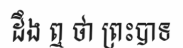
ដឹង ឮ ថា ព្រះបាទ